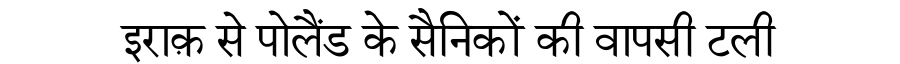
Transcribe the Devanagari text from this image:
इराक़ से पोलैंड के सैनिकों की वापसी टली